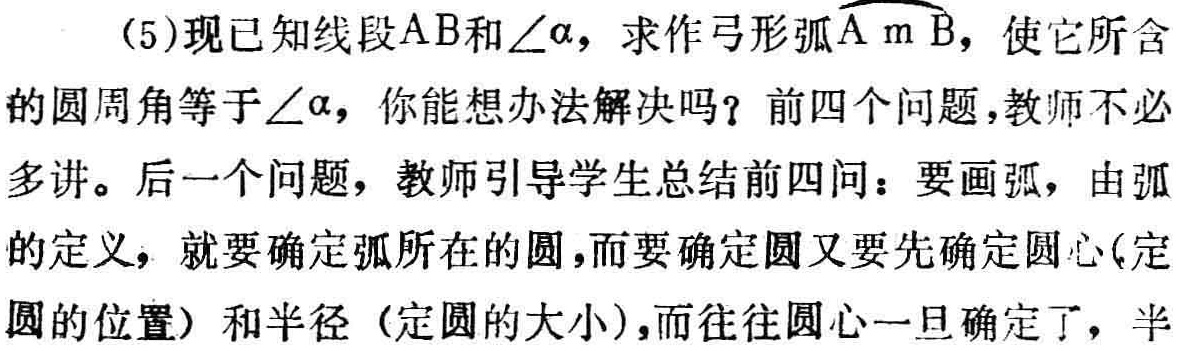
(5)现已知线段\(AB\)和\(\angle\alpha\)，求作弓形弧\(\overset{\frown}{AmB}\)，使它所含的圆周角等于\(\angle\alpha\)，你能想办法解决吗？前四个问题,教师不必多讲。后一个问题，教师引导学生总结前四问：要画弧，由弧的定义，就要确定弧所在的圆，而要确定圆又要先确定圆心(定圆的位置）和半径（定圆的大小），而往往圆心一旦确定了，半